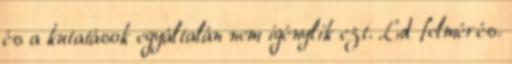
és a kutatások egyáltalán nem igénylik ezt. Ld felmérés.